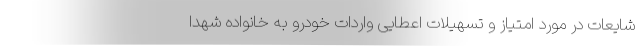
شایعات در مورد امتیاز و تسهیلات اعطایی واردات خودرو به خانواده شهدا